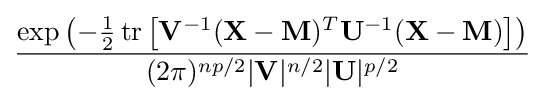
{\frac {\exp \left(-{\frac {1}{2}}\,\mathrm {tr} \left[\mathbf {V} ^{-1}(\mathbf {X} -\mathbf {M} )^{T}\mathbf {U} ^{-1}(\mathbf {X} -\mathbf {M} )\right]\right)}{(2\pi )^{np/2}|\mathbf {V} |^{n/2}|\mathbf {U} |^{p/2}}}